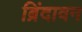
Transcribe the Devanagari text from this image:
ब्रिंदावन